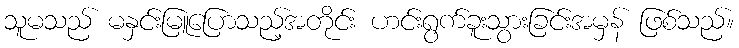
သူမသည် မနှင်းမြူပြောသည့်အတိုင်း ဟင်းရွက်ခူးသွားခြင်းအမှန် ဖြစ်သည်။